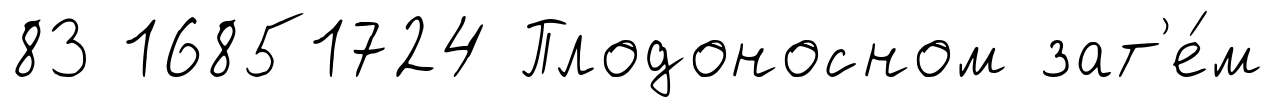
83 16851724 Плодоносном зат'е́м